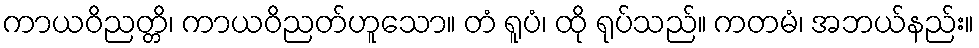
ကာယဝိညတ္တိ၊ ကာယဝိညတ်ဟူသော။ တံ ရူပံ၊ ထို ရုပ်သည်။ ကတမံ၊ အဘယ်နည်း။